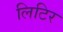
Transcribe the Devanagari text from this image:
लिटिर